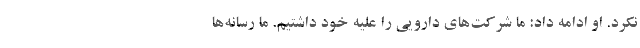
نکرد. او ادامه داد: ما شرکت‌های دارویی را علیه خود داشتیم. ما رسانه‌ها